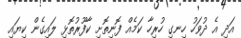
އަދި އެ ދުވަހު ހިނގި ހުރިހާ ކަމެއް ފޮނިތޮށި ކާފޫރުތޮޅި ލައިގެން ކިޔައި